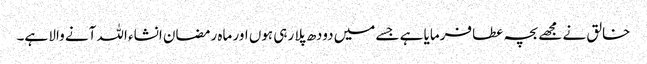
خالق نے مجھے بچہ عطا فرمایا ہے جسے میں دودھ پلا رہی ہوں اور ماہ رمضان انشاء اللہ آنے والا ہے۔